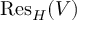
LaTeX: { \mathrm { R e s } } _ { H } ( V )